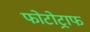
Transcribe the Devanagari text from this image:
फोटोट्राफ